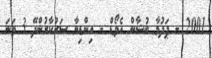
2001 - ޕަދުމާ ބުޝާން އެވޯޑް - އިންޑިޔާ ސަރުކާރުންދޭ 3 ވަނަ